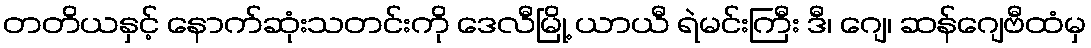
တတိယနှင့် နောက်ဆုံးသတင်းကို ဒေလီမြို့ ယာယီ ရဲမင်းကြီး ဒီ၊ ဂျေ၊ ဆန်ဂျေဗီထံမှ